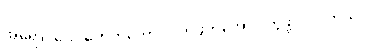
အရောင်လေးတွေကိုတော့ လိုက်ဖက်အောင် တွဲဖို့ လိုပါတယ်။